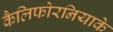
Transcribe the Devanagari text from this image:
कैलिफोरनियाके